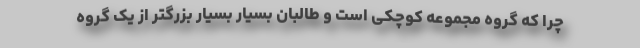
چرا که گروه مجموعه کوچکی است و طالبان بسیار بسیار بزرگتر از یک گروه